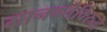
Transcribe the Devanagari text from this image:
मानवतेविरुद्ध